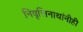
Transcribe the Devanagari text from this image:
निवृत्तिनाथांनीही